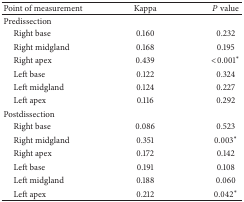
| Point of measurement | Kappa | P value |
 | --- | --- | --- |
 | Predissection |  |  |
 | Right base | 0.160 | 0.232 |
 | Right midgland | 0.168 | 0.195 |
 | Right apex | 0.439 | <0.001* |
 | Left base | 0.122 | 0.324 |
 | Left midgland | 0.124 | 0.227 |
 | Left apex | 0.116 | 0.292 |
 | Postdissection |  |  |
 | Right base | 0.086 | 0.523 |
 | Right midgland | 0.351 | 0.003* |
 | Right apex | 0.172 | 0.142 |
 | Left base | 0.191 | 0.108 |
 | Left midgland | 0.188 | 0.060 |
 | Left apex | 0.212 | 0.042* |